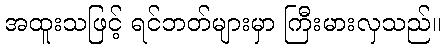
အထူးသဖြင့် ရင်ဘတ်များမှာ ကြီးမားလှသည်။